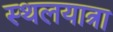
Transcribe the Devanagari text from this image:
स्थलयात्रा